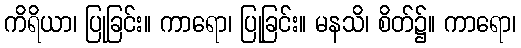
ကိရိယာ၊ ပြုခြင်း။ ကာရော၊ ပြုခြင်း။ မနသိ၊ စိတ်၌။ ကာရော၊